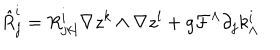
\hat { R } _ { j } ^ { i } = R _ { j k l } ^ { i } \nabla z ^ { k } \wedge \nabla z ^ { l } + g { \cal F } ^ { \Lambda } \partial _ { j } k _ { \Lambda } ^ { i }